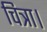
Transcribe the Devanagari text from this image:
चित्रा।